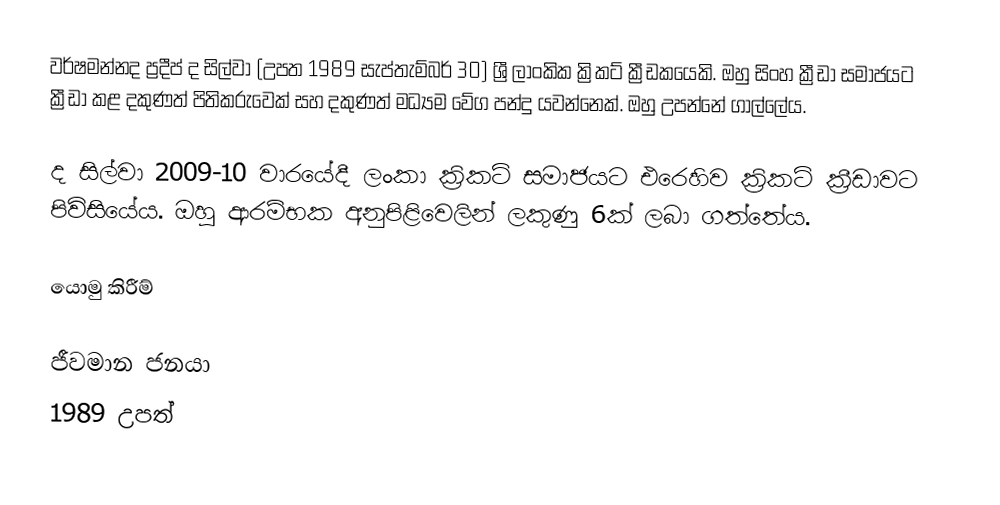
වර්ෂමන්නද ප්‍රදීප් ද සිල්වා (උපත 1989 සැප්තැම්බර් 30) ශ්‍රී ලාංකික ක්‍රිකට් ක්‍රීඩකයෙකි. ඔහු සිංහ ක්‍රීඩා සමාජයට ක්‍රීඩා කළ දකුණත් පිතිකරුවෙක් සහ දකුණත් මධ්‍යම වේග පන්දු යවන්නෙක්. ඔහු උපන්නේ ගාල්ලේය.

ද සිල්වා 2009-10 වාරයේදී ලංකා ක්‍රිකට් සමාජයට එරෙහිව ක්‍රිකට් ක්‍රීඩාවට පිවිසියේය. ඔහු ආරම්භක අනුපිළිවෙලින් ලකුණු 6ක් ලබා ගත්තේය.

යොමු කිරීම්

ජීවමාන ජනයා
1989 උපත්